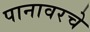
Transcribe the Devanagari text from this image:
पानावरचे